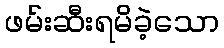
ဖမ်းဆီးရမိခဲ့သော